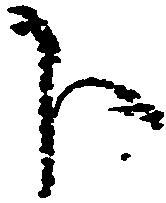
下